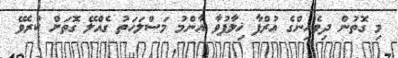
މި ގޮތުން ދިވެހިންގެ ޢުރްފާ ޚިލާފުވާ އާންމު މަސްލަހަތު ގެއްލޭ ގޮތަށް ކުރެވޭ